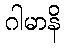
ဂါမာနိ